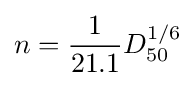
n={\frac {1}{21.1}}{D}_{50}^{1/6}